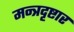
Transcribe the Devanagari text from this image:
मन्त्रदृष्टार